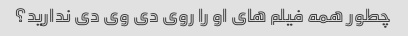
چطور همه فیلم های او را روی دی وی دی ندارید؟